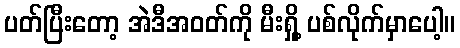
ပတ်ပြီးတော့ အဲဒီအဝတ်ကို မီးရှို့ ပစ်လိုက်မှာပေါ့။